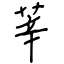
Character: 莘